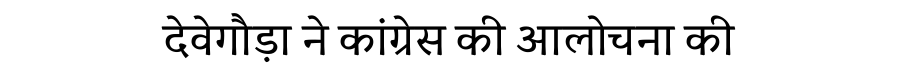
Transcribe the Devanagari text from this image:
देवेगौड़ा ने कांग्रेस की आलोचना की